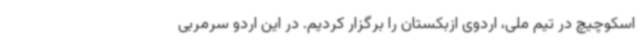
اسکوچیچ در تیم ملی، اردوی ازبکستان را برگزار کردیم. در این اردو سرمربی